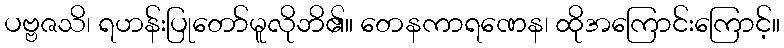
ပဗ္ဗဇသိ၊ ရဟန်းပြုတော်မူလိုဘိ၏။ တေနကာရဏေန၊ ထိုအကြောင်းကြောင့်။